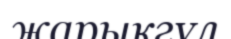
жарықгүл